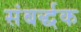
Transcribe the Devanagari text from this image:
संबर्द्धक